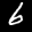
Label: 6